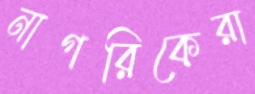
নাগরিকেরা